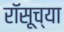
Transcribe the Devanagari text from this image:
रॉसूच्या